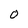
Character: 0